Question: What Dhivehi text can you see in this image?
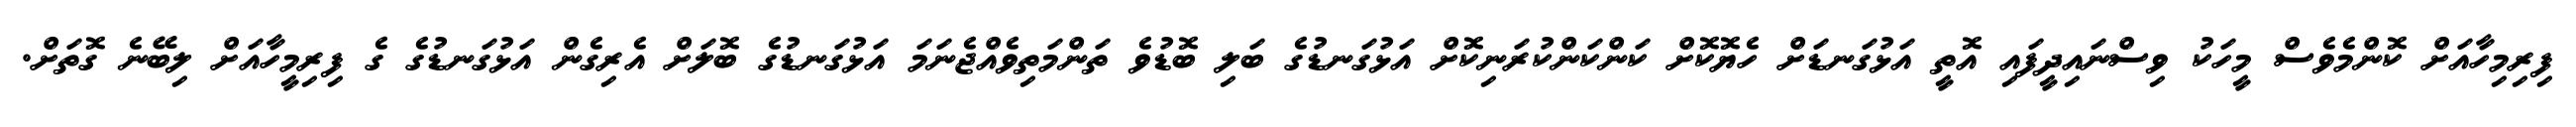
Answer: ފިރިމިހާއަށް ކޮންމެވެސް މީހަކު ވިސްނައިދީފައި އޮތީ އަޅުގަނޑަށް ހެޔޮކޮށް ކަންކަންކުރަނިކޮށް އަޅުގަނޑުގެ ބަލި ބޮޑުވެ ތަންމަތިވެއްޖެނަމަ އަޅުގަނޑުގެ ބޮލަށް އެރިގެން އަޅުގަނޑުގެ ގެ ފިރިމީހާއަށް ލިބޭނެ ގޮތަށް.